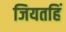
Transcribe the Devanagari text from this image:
जियतहिं